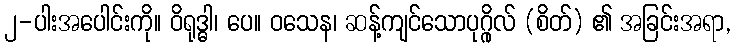
၂-ပါးအပေါင်းကို။ ဝိရုဒ္ဓါ၊ ပေ။ ဝသေန၊ ဆန့်ကျင်သောပုဂ္ဂိုလ် (စိတ်) ၏ အခြင်းအရာ,